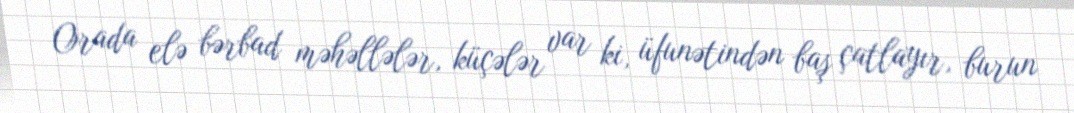
Orada elə bərbad məhəllələr, küçələr var ki, üfunətindən baş çatlayır, burun